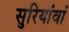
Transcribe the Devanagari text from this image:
सुरियांवां